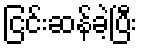
ငြင်းဆန်ခဲ့ပြီး